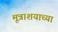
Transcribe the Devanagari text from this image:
मूत्राशयाच्या